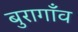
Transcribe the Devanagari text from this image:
बुरागाँव